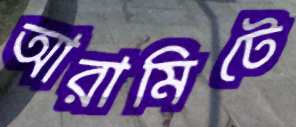
আরামিটে